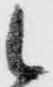
候